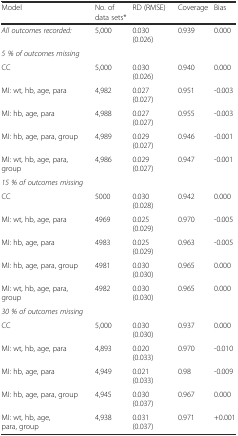
| Model | No. of data sets* | RD (RMSE) | Coverage | Bias |
 | --- | --- | --- | --- | --- |
 | All outcomes recorded: | 5,000 | 0.030 (0.026) | 0.939 | 0.000 |
 | 5 % of outcomes missing |  |  |  |  |
 | CC | 5,000 | 0.030 (0.026) | 0.940 | 0.000 |
 | MI: wt, hb, age, para | 4,982 | 0.027 (0.027) | 0.951 | -0.003 |
 | MI: hb, age, para | 4,988 | 0.027 (0.027) | 0.955 | -0.003 |
 | MI: hb, age, para, group | 4,989 | 0.029 (0.027) | 0.946 | -0.001 |
 | MI: wt, hb, age, para, group | 4,986 | 0.029 (0.027) | 0.947 | -0.001 |
 | 15 % of outcomes missing |  |  |  |  |
 | CC | 5000 | 0.030 (0.028) | 0.942 | 0.000 |
 | MI: wt, hb, age, para | 4969 | 0.025 (0.029) | 0.970 | -0.005 |
 | MI: hb, age, para | 4983 | 0.025 (0.029) | 0.963 | -0.005 |
 | MI: hb, age, para, group | 4981 | 0.030 (0.030) | 0.965 | 0.000 |
 | MI: wt, hb, age, para, group | 4982 | 0.030 (0.030) | 0.965 | 0.000 |
 | 30 % of outcomes missing |  |  |  |  |
 | CC | 5,000 | 0.030 (0.030) | 0.937 | 0.000 |
 | MI: wt, hb, age, para | 4,893 | 0.020 (0.033) | 0.970 | -0.010 |
 | MI: hb, age, para | 4,949 | 0.021 (0.033) | 0.98 | -0.009 |
 | MI: hb, age, para, group | 4,945 | 0.030 (0.037) | 0.967 | 0.000 |
 | MI: wt, hb, age, para, group | 4,938 | 0.031 (0.037) | 0.971 | +0.001 |